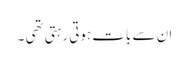
ان سے بات ہوتی رہتی تھی ۔